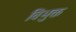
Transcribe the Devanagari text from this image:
विभुक्त